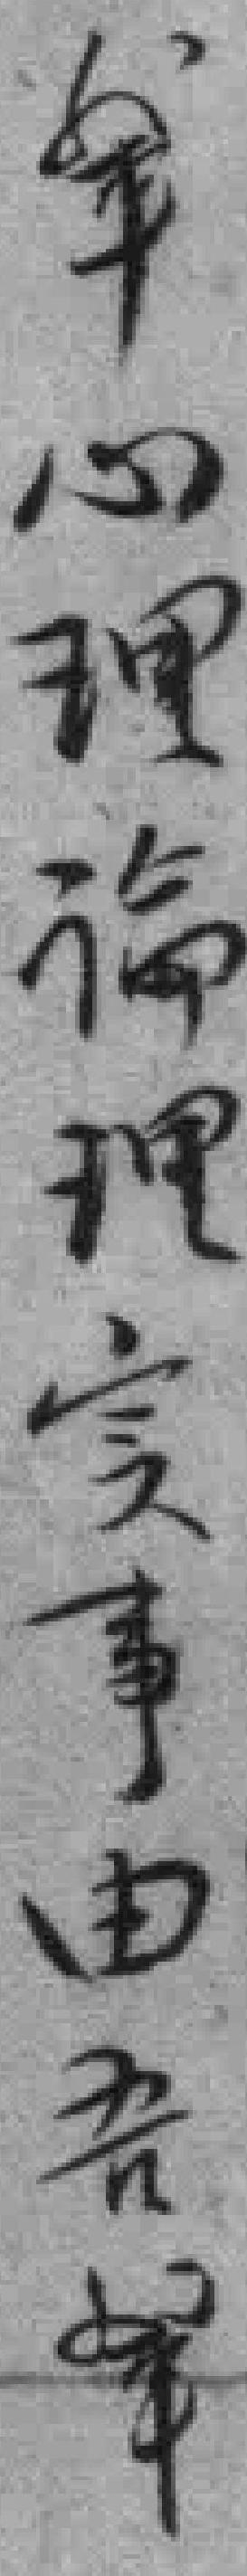
軰心理論理实事由吾軰